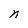
Character: n